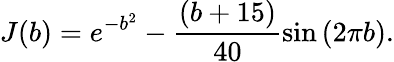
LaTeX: J(b)=e^{-b^{2}}-\frac{\left(b+15\right)}{40}\sin\left(2\pi b\right).